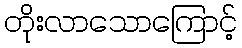
တိုးလာသောကြောင့်